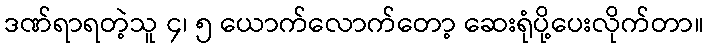
ဒဏ်ရာရတဲ့သူ ၄၊ ၅ ယောက်လောက်တော့ ဆေးရုံပို့ပေးလိုက်တာ။